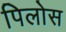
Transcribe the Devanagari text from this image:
पिलोस